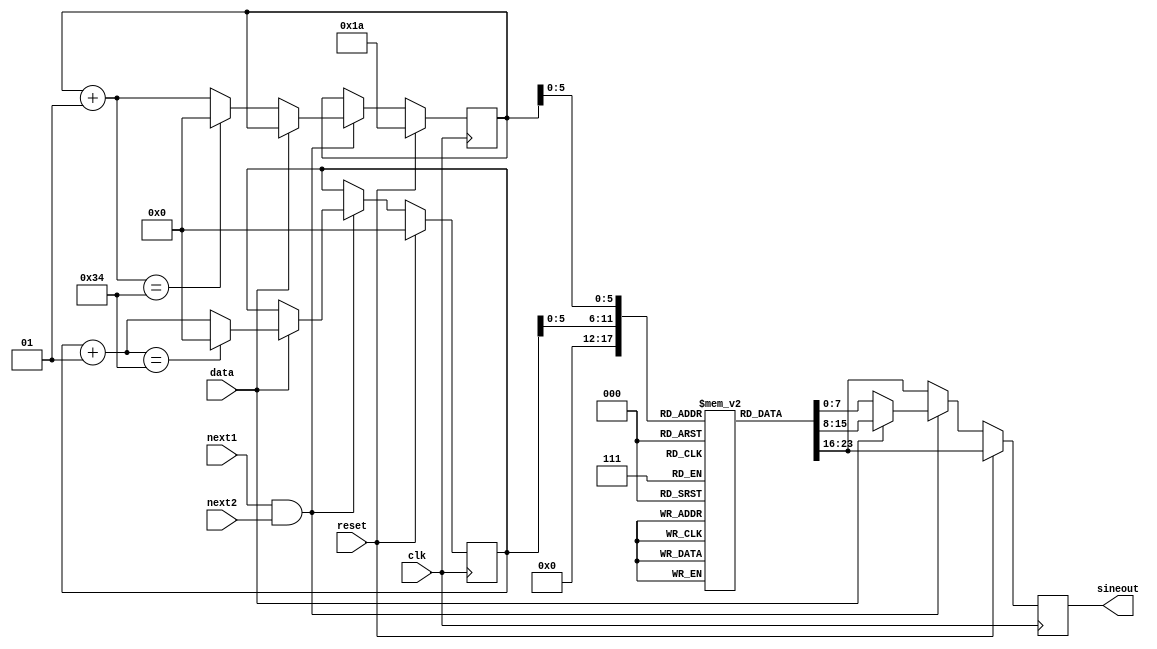
module sinewave(
    input clk,data,reset,next1,next2,
    output reg [7:0]sineout
    );
    integer i,j;
    reg [7:0]sine[0:51];
    initial begin
        sine[0]=0; sine[1]=9; sine[2]=18; sine[3]=27; sine[4]=36; sine[5]=44; sine[6]=51; sine[7]=58; sine[8]=64; 
        sine[9]=69; sine[10]=73; sine[11]=75; sine[12]=77; sine[13]=78; sine[14]=77; sine[15]=75; sine[16]=73; sine[17]=69;
        sine[18]=64; sine[19]=58; sine[20]=51; sine[21]=44; sine[22]=36; sine[23]=27; sine[24]=18; sine[25]=9; sine[26]=0;
        sine[27]=-9; sine[28]=-18; sine[29]=-27; sine[30]=-36; sine[31]=-44; sine[32]=-51; sine[33]=-58; sine[34]=-64; 
        sine[35]=-69; sine[36]=-73; sine[37]=-75; sine[38]=-77; sine[39]=-78; sine[40]=-77; sine[41]=-75; sine[42]=-73;
        sine[43]=-69; sine[44]=-64; sine[45]=-58; sine[46]=-51; sine[47]=-44; sine[48]=-36; sine[49]=-27; sine[50]=-18;
        sine[51]=-9; i=0;j=26; 
    end
    always @(posedge clk)
    begin
        if(reset)
        begin 
            sineout=sine[0];
            i=0;j=26;
        end
        else
        begin
        if (next1 && next2)
        begin
            if(data)//when data is 1 we get original sine wave
            begin
                sineout=sine[i];
                i=i+1;
                if(i==52) i=0;
            end
            else//when data is 0(-1 in bipolar) we get 180 degree phase shifted wave
            begin
                sineout=sine[j];
                j=j+1;
                if(j==52) j=0;
            end
        end
        else sineout=sine[0];
        end
    end
endmodule